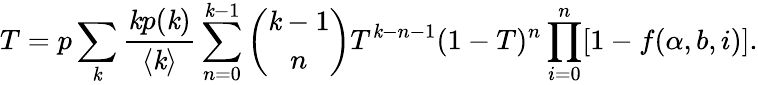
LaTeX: T=p\sum_{\mathit{k}}\frac{{\mathit{k}p(\mathit{k})}}{{\langle\mathit{k}\rangle}}\sum_{n=0}^{\mathit{k}-1}\binom{\mathit{k}-1}{n}T^{\mathit{k}-n-1}(1-T)^{n}\prod_{i=0}^{n}[1-f(\alpha,b,i)].